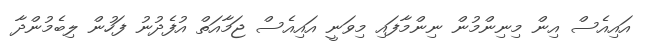
އައިއެސް އިން މިނިންމުން ނިންމާފައި މިވަނީ އައިއެސް ޖަމާއަތް އުފެދުނު ފަހުން ލިބެމުންދާ